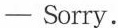
——Sorry.